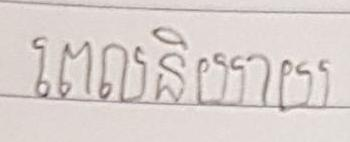
ពេលនិយាយ